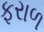
ફરાળ